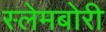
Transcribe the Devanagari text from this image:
स्‍लेमबोरी